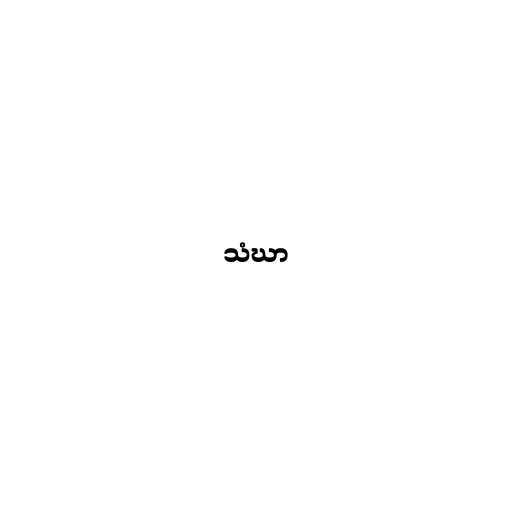
သံဃာ